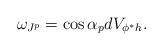
LaTeX: \begin{align*}\omega_{J^p}=\cos\alpha_p d V_{\phi^*h}.\end{align*}